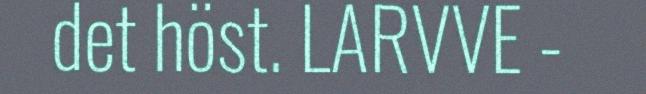
det höst. LARVVE -